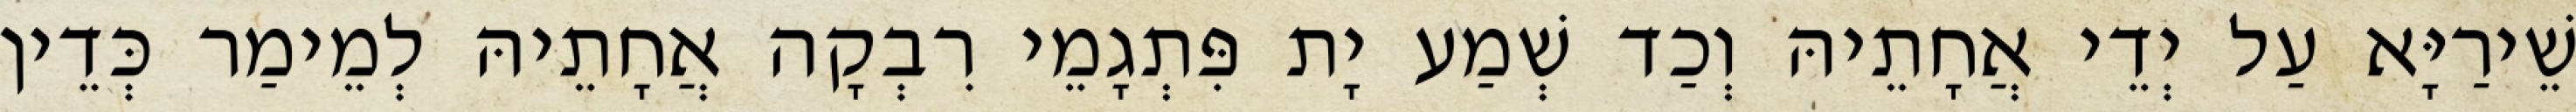
שֵׁירַיָּא עַל יְדֵי אֲחָתֵיהּ וְכַד שְׁמַע יָת פִּתְגָמֵי רִבְקָה אֲחָתֵיהּ לְמֵימַר כְּדֵין